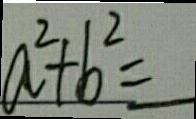
a ^ { 2 } + b ^ { 2 } =